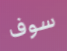
سوف